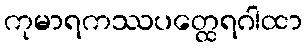
ကုမာရကဿပတ္ထေရဂါထာ